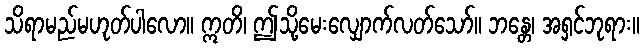
သိရာမည်မဟုတ်ပါလော။ ဣတိ၊ ဤသို့မေးလျှောက်လတ်သော်။ ဘန္တေ၊ အရှင်ဘုရား။